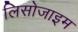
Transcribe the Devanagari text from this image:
लिसोजाइम